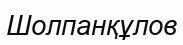
Шолпанқұлов